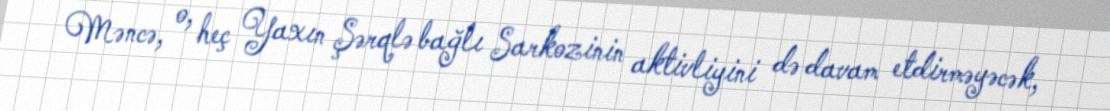
Məncə, o, heç Yaxın Şərqlə bağlı Sarkozinin aktivliyini də davam etdirməyəcək,